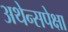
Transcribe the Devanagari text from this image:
अथेन्सपेक्षा